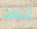
تبعد